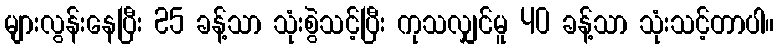
များလွန်းနေပြီး 25 ခန့်သာ သုံးစွဲသင့်ပြီး ကုသလျှင်မူ 40 ခန့်သာ သုံးသင့်တာပါ။